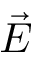
\vec { E }